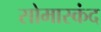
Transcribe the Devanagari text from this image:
सोमास्कंद